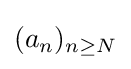
(a_{n})_{n\geq N}